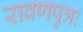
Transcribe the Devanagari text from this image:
रावणपुत्रः